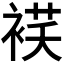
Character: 𰴁